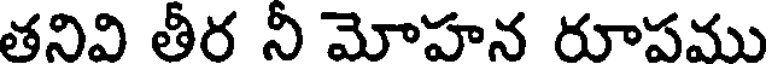
తనివి తీర నీ మోహన రూపము